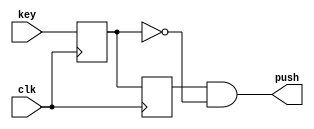
module pushing (
	input key,
	input clk,
	output push
);

reg but_r;
reg but_rr;

always @(posedge clk)
begin
	but_r <= key;
	but_rr <= but_r;
end
assign push = but_rr & ~but_r;

endmodule

module Girka_3 (
	input KEY0,
	input KEY1,
	input KEY2,
	input clk,
	input SW0,
	input SW1,
	output [7:0] LED
	
);

wire reset_push, left_push, right_push;
reg [7:0] count;

pushing pushing_left (
	.key (KEY1),
	.clk (clk),
	.push (left_push)
);

pushing pushing_minus (
	.key (KEY2),
	.clk (clk),
	.push (right_push)
);

pushing pushing_reset (
	.key (KEY0),
	.clk (clk),
	.push (reset_push)
);
always @(posedge clk) 
begin
	if (left_push) count <=  (count << 1) + SW0;
	else if (right_push) count <= (count >> 1) + ((SW1) ? 8'b10000000 : 8'b00000000);
	else if (reset_push) count <= 8'b00000000;
end


assign LED = count;
				  
endmodule